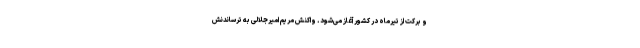
و برکت از تیرماه در کشور آغاز می‌شود. واکنش مریم امیرجلالی به ترساندنش